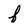
Character: f